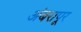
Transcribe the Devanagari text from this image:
अंबरापूर